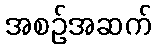
အစဉ်အဆက်